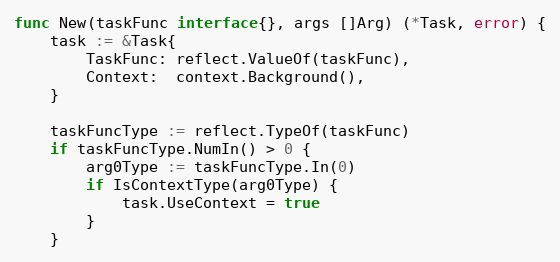
Language: Go
func New(taskFunc interface{}, args []Arg) (*Task, error) {
	task := &Task{
		TaskFunc: reflect.ValueOf(taskFunc),
		Context:  context.Background(),
	}

	taskFuncType := reflect.TypeOf(taskFunc)
	if taskFuncType.NumIn() > 0 {
		arg0Type := taskFuncType.In(0)
		if IsContextType(arg0Type) {
			task.UseContext = true
		}
	}